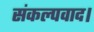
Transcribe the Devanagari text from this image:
संकल्पवाद।